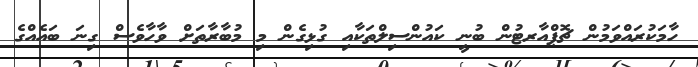
ހާމަކުރައްވަމުން ޗޮޕްއާރޓުން ބުނީ ކައުންސިލްތަކާއި ގުޅިގެން މި މުބާރާތަށް ވާހާވެސް ގިނަ ބައެއްގެ